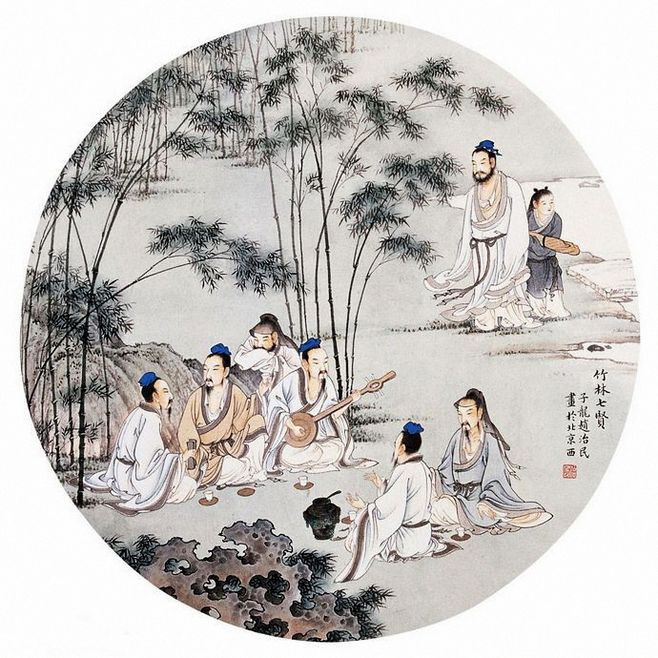
红酥手，黄縢酒，满城春色宫墙柳。